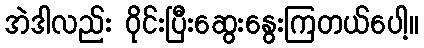
အဲဒါလည်း ဝိုင်းပြီးဆွေးနွေးကြတယ်ပေါ့။